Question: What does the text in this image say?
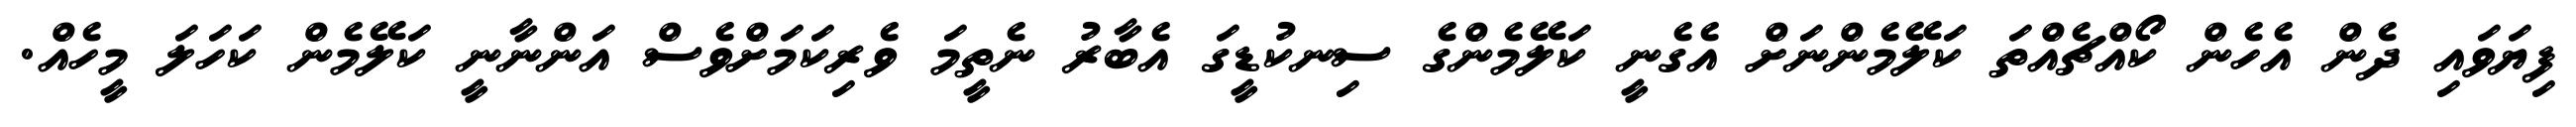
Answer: ފިޔަވައި ދެން އެހެން ކޯއްޗެއްތަ ކަލޭމެންނަށް އެގެނީ ކަލޭމެންގެ ސިނކުޑީގަ އެބާރު ނެތީމަ ވެރިކަމަށްވެސް އަންނާނީ ކަލޭމެން ކަހަލަ މީހެއް.